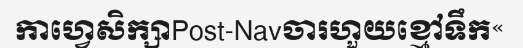
កាហ្វេសិក្សាPost-Navចារហួយខ្មៅទឹក«